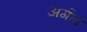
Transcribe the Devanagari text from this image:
अर्गन